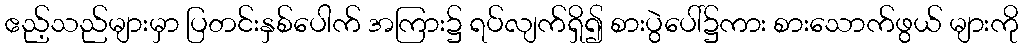
ဧည့်သည်များမှာ ပြတင်းနှစ်ပေါက် အကြား၌ ရပ်လျက်ရှိ၍ စားပွဲပေါ်၌ကား စားသောက်ဖွယ် များကို